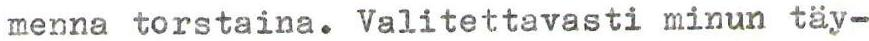
menna torstaina. Valitettavasti minun täy-